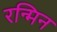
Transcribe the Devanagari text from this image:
रन्मिन